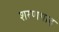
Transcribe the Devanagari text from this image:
शरणगाह